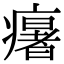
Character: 𤻃